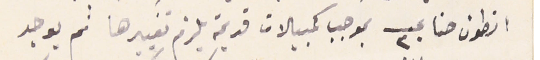
انطون حنا عـــ ٣٠ بموجب كمبيلات قديمة يلزم تغييرها ثم يوجد